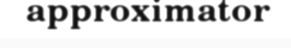
approximator